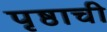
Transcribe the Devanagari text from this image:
पृष्ठाची